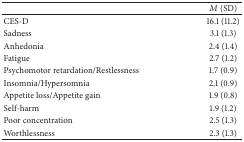
<table><thead><tr><td><b> </b></td><td><b><i>M</i> (SD)</b></td></tr></thead><tbody><tr><td>CES-D</td><td>16.1 (11.2)</td></tr><tr><td>Sadness</td><td>3.1 (1.3)</td></tr><tr><td>Anhedonia</td><td>2.4 (1.4)</td></tr><tr><td>Fatigue</td><td>2.7 (1.2)</td></tr><tr><td>Psychomotor retardation/Restlessness</td><td>1.7 (0.9)</td></tr><tr><td>Insomnia/Hypersomnia</td><td>2.1 (0.9)</td></tr><tr><td>Appetite loss/Appetite gain</td><td>1.9 (0.8)</td></tr><tr><td>Self-harm</td><td>1.9 (1.2)</td></tr><tr><td>Poor concentration</td><td>2.5 (1.3)</td></tr><tr><td>Worthlessness</td><td>2.3 (1.3)</td></tr></tbody></table>